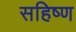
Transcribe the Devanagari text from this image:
सहिष्ण